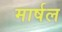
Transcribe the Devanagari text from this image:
मार्षल